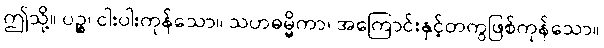
ဤသို့။ ပဉ္စ၊ ငါးပါးကုန်သော။ သဟဓမ္မိကာ၊ အကြောင်းနှင့်တကွဖြစ်ကုန်သော။